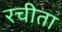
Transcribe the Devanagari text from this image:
रचीता